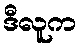
ဒီလူက